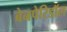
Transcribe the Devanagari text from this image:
बेनपेरिडॉल